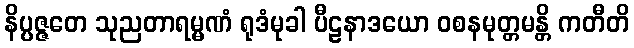
နိပ္ပဇ္ဇတေ သုညတာရမ္မဏံ ရုဒံမုခါ ပီဠနာဒယော ဝစနမုတ္တမန္တိ ကတီတိ